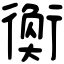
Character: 𧗽